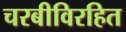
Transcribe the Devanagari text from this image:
चरबीविरहित